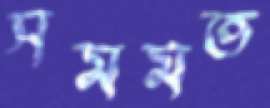
সমমত